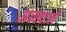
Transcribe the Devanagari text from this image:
अन्त्यजों